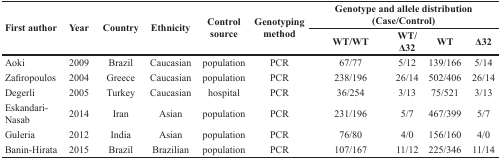
<table><thead><tr><td rowspan="2"><b>First author</b></td><td rowspan="2"><b>Year</b></td><td rowspan="2"><b>Country</b></td><td rowspan="2"><b>Ethnicity</b></td><td rowspan="2"><b>Control source</b></td><td rowspan="2"><b>Genotyping method</b></td><td colspan="4"><b>Genotype and allele distribution(Case/Control)</b></td></tr><tr><td><b>WT/WT</b></td><td><b>WT/Δ32</b></td><td><b>WT</b></td><td><b>Δ32</b></td></tr></thead><tbody><tr><td>Aoki</td><td>2009</td><td>Brazil</td><td>Caucasian</td><td>population</td><td>PCR</td><td>67/77</td><td>5/12</td><td>139/166</td><td>5/14</td></tr><tr><td>Zafiropoulos</td><td>2004</td><td>Greece</td><td>Caucasian</td><td>population</td><td>PCR</td><td>238/196</td><td>26/14</td><td>502/406</td><td>26/14</td></tr><tr><td>Degerli</td><td>2005</td><td>Turkey</td><td>Caucasian</td><td>hospital</td><td>PCR</td><td>36/254</td><td>3/13</td><td>75/521</td><td>3/13</td></tr><tr><td>Eskandari-Nasab</td><td>2014</td><td>Iran</td><td>Asian</td><td>population</td><td>PCR</td><td>231/196</td><td>5/7</td><td>467/399</td><td>5/7</td></tr><tr><td>Guleria</td><td>2012</td><td>India</td><td>Asian</td><td>population</td><td>PCR</td><td>76/80</td><td>4/0</td><td>156/160</td><td>4/0</td></tr><tr><td>Banin-Hirata</td><td>2015</td><td>Brazil</td><td>Brazilian</td><td>population</td><td>PCR</td><td>107/167</td><td>11/12</td><td>225/346</td><td>11/14</td></tr></tbody></table>